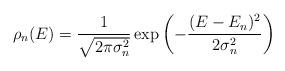
LaTeX: \begin{align*}\rho_n(E)=\frac{1}{\sqrt{2\pi\sigma_n^2}}\exp \left (-\frac{(E-E_n)^2}{2\sigma_n^2}\right )\end{align*}